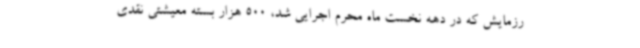
رزمایش که در دهه نخست ماه محرم اجرایی شد، 500 هزار بسته معیشتی نقدی